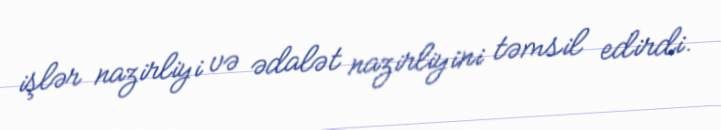
işlər nazirliyi və ədalət nazirliyini təmsil edirdi.